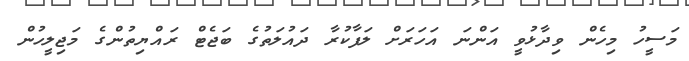
މަސީހު މިހެން ވިދާޅުވީ އަންނަ އަހަރަށް ލަފާކުރާ ދައުލަތުގެ ބަޖެޓް ރައްޔިތުންގެ މަޖިލީހުން